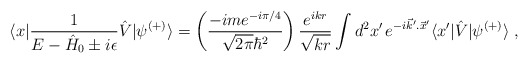
\begin{align*}\langle x|\frac{1}{E-\hat H_0\pm i\epsilon}\hat V|\psi^{(+)}\rangle= \left( \frac{-ime^{-i\pi/4}}{\sqrt{2\pi}\hbar^2}\right)\frac{e^{ikr}}{ \sqrt{kr}}\int d^2x'\,e^{-i\vec k'.\vec x'}\langle x'|\hat V| \psi^{(+)}\rangle\;,\end{align*}